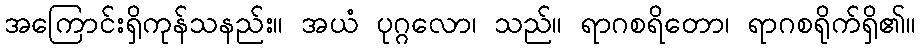
အကြောင်းရှိကုန်သနည်း။ အယံ ပုဂ္ဂလော၊ သည်။ ရာဂစရိတော၊ ရာဂစရိုက်ရှိ၏။